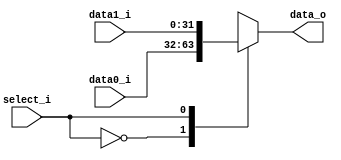
/***************************************************
Student Name:_
Student ID: group10_0711099_0810749
***************************************************/

`timescale 1ns/1ps

module MUX_2to1(
	input   	[32-1:0] data0_i,       
	input   	[32-1:0] data1_i,
	input       	     select_i,
	output wire [32-1:0] data_o
               );			   

reg[31:0] result;
assign data_o = result;

always @(*) begin
	case (select_i)
		1'b0: begin
			result = data0_i;
		end
		1'b1: begin
			result = data1_i;
		end
		default: begin
			result = 0;
		end
	endcase
end

endmodule